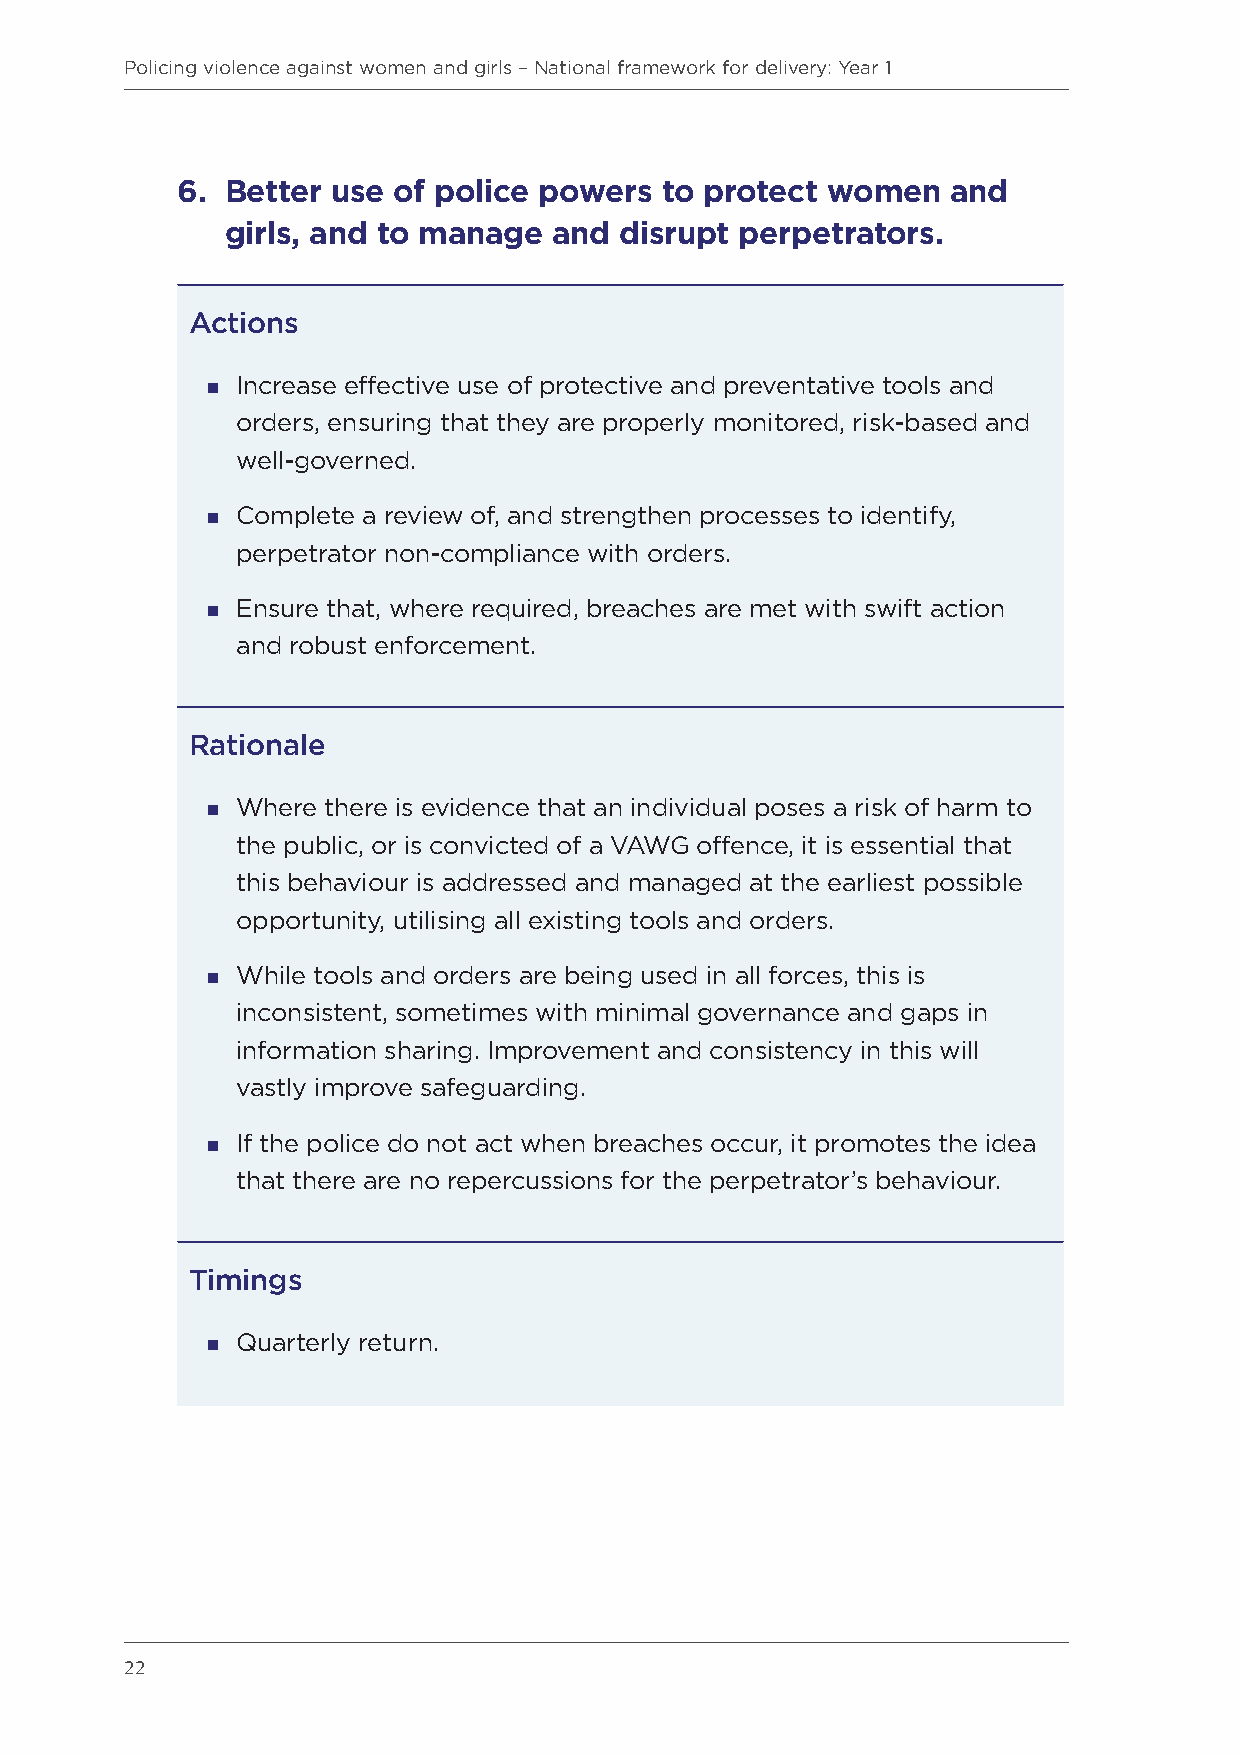
Policing violence against women and girls – National framework for delivery: Year 1
 6. B etter use of police powers to protect women   and
 girls, and to manage  and disrupt perpetrators.
 Actions
  Increase effective use of protective and preventative tools and
 orders, ensuring that they are properly monitored, risk-based and
 well-governed.
  Complete a review of, and strengthen processes to identify,
 perpetrator non-compliance with orders.
  Ensure that, where required, breaches are met with swift action
 and robust enforcement.
 Rationale
  Where there is evidence that an individual poses a risk of harm to
 the public, or is convicted of a VAWG offence, it is essential that
 this behaviour is addressed and managed at the earliest possible
 opportunity, utilising all existing tools and orders.
  While tools and orders are being used in all forces, this is
 inconsistent, sometimes with minimal governance and gaps in
 information sharing. Improvement and consistency in this will
 vastly improve safeguarding.
  If the police do not act when breaches occur, it promotes the idea
 that there are no repercussions for the perpetrator’s behaviour.
 Timings
  Quarterly return.
 22